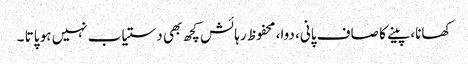
کھانا، پینے کا صاف پانی، دوا، محفوظ رہائش کچھ بھی دستیاب نہیں ہو پاتا ۔